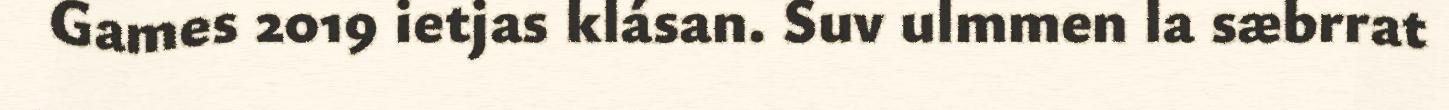
Games 2019 ietjas klásan. Suv ulmmen la sæbrrat